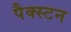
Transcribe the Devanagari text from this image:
पैक्स्टन